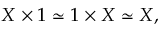
X \times 1 \simeq 1 \times X \simeq X ,